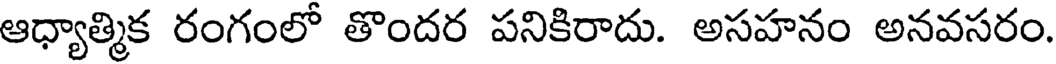
ఆధ్యాత్మిక రంగంలో తొందర పనికిరాదు. అసహనం అనవసరం.